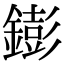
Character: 𨭌